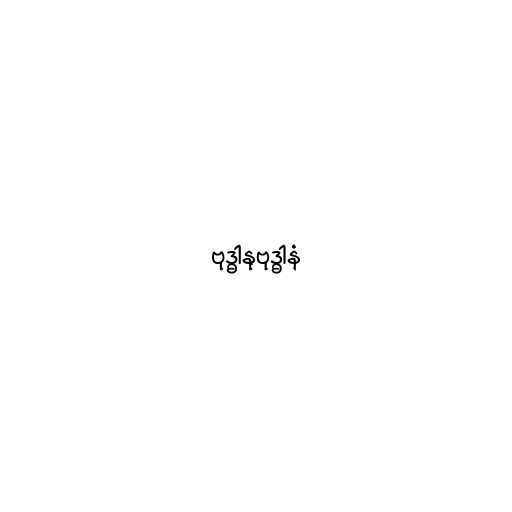
ဗုဒ္ဓါနုဗုဒ္ဓါနံ